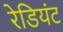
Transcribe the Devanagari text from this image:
रेडियंट